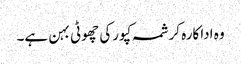
وہ اداکارہ کرشمہ کپورکی چھوٹی بہن ہے۔